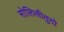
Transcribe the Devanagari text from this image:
सोलिसीतुदो